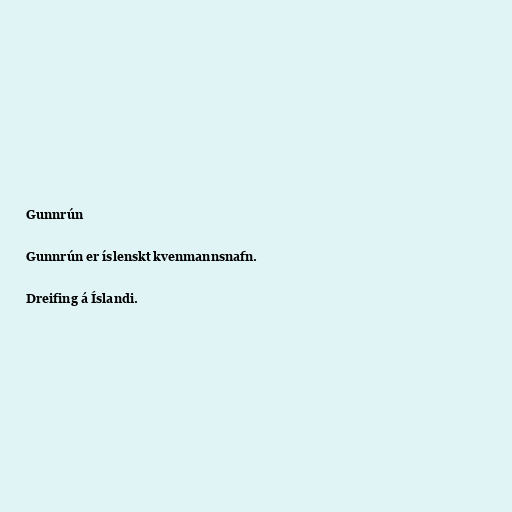
Gunnrún

Gunnrún er íslenskt kvenmannsnafn.

Dreifing á Íslandi.